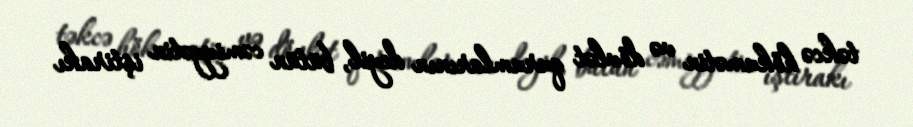
təkcə hökumətin və dövlət qurumlarının deyil, bütün cəmiyyətin iştirakı